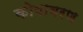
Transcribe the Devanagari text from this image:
कोषावरण